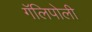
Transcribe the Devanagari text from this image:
गॅलिपोली